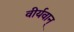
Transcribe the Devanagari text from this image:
वीर्यवान्